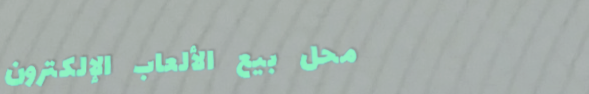
محل بيع الألعاب الإلكترون